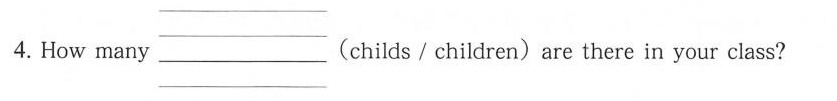
4.How many___（sees/see）three birds in the tree.